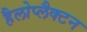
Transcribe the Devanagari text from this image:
हैलोप्लैक्टन